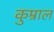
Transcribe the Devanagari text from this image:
कुम्राल